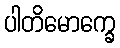
ပါတိမောက္ခေ